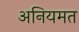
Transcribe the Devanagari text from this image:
अनियमत